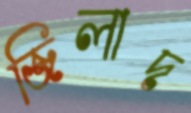
জিলাদ